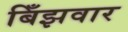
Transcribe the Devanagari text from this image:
बिँझवार